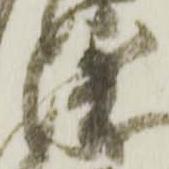
衛